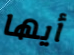
أيها